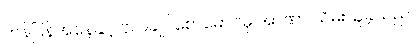
တန်ပြန်အနေနှင့် ဗိုလ်ချုပ်စောမောင်မှ အာဏာ သိမ်းယူခဲ့သည်။